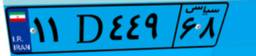
۱۱D۴۴۹۶۸